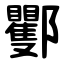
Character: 䣤